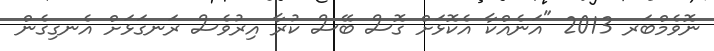
ނޮވެމްބަރ 2013 "އަނެއްކާ އެކޮޅަށް ގޮސް ބޭސް ކުރާ އިރުވެސް ރަނގަޅަށް އެނގިގެން